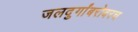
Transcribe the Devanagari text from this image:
जलदुर्गांबरोबरच